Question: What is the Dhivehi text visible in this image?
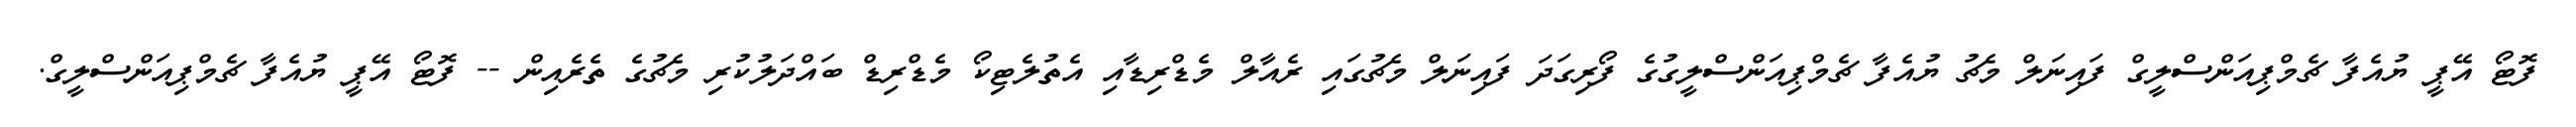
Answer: ފޮޓޯ އޭޕީ ޔުއެފާ ޗެމްޕިއަންސްލީގް ފައިނަލް މެޗު ޔުއެފާ ޗެމްޕިއަންސްލީގުގެ ފޯރިގަދަ ފައިނަލް މެޗުގައި ރެއާލް މެޑްރިޑާއި އެތުލެޓިކޯ މެޑްރިޑް ބައްދަލުކުރި މެޗުގެ ތެރެއިން -- ފޮޓޯ އޭޕީ ޔުއެފާ ޗެމްޕިއަންސްލީގް.